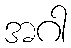
အဂါ